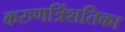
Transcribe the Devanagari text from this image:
करुणत्रिंशतिका